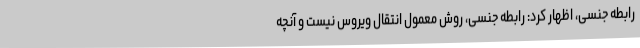
رابطه جنسی، اظهار کرد: رابطه جنسی، روش معمول انتقال ویروس نیست و آنچه